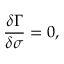
\frac { \delta \Gamma } { \delta \sigma } = 0 ,